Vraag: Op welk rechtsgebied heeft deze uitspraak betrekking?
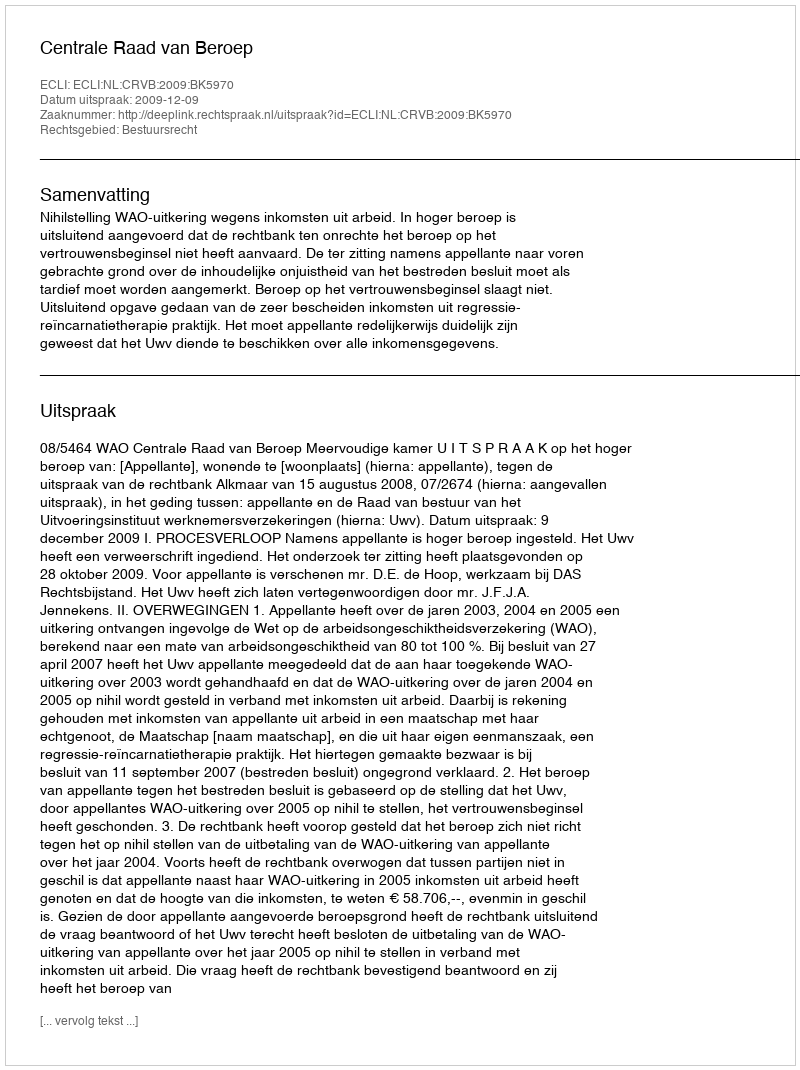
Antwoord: Bestuursrecht